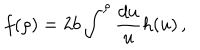
f ( \rho ) = 2 b \int ^ { \rho } \frac { d u } { u } h ( u ) \, ,